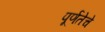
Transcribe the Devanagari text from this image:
पूर्णतेचे